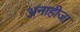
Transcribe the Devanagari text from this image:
अनाहीजा